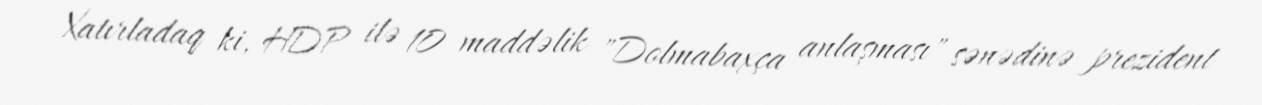
Xatırladaq ki, HDP ilə 10 maddəlik "Dolmabaxça anlaşması" sənədinə prezident